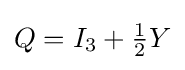
Q=I_{3}+{\tfrac {1}{2}}Y